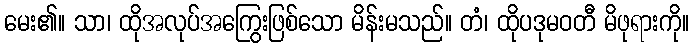
မေး၏။ သာ၊ ထိုအလုပ်အကြွေးဖြစ်သော မိန်းမသည်။ တံ၊ ထိုပဒုမဝတီ မိဖုရားကို။